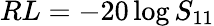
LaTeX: RL=-20\log S_{11}